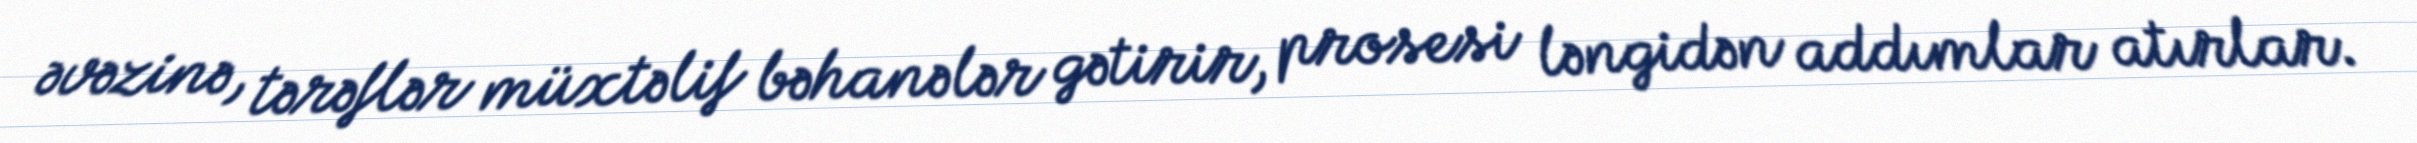
əvəzinə, tərəflər müxtəlif bəhanələr gətirir, prosesi ləngidən addımlar atırlar.